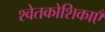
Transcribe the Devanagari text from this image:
श्वेतकोशिकाएँ